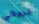
يروقني